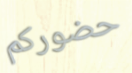
حضوركم